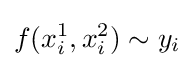
f(x_{i}^{1},x_{i}^{2})\sim y_{i}